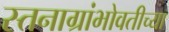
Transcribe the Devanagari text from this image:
स्तनाग्रांभोवतीच्या